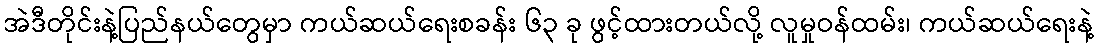
အဲဒီတိုင်းနဲ့ပြည်နယ်တွေမှာ ကယ်ဆယ်ရေးစခန်း ၆၃ ခု ဖွင့်ထားတယ်လို့ လူမှုဝန်ထမ်း၊ ကယ်ဆယ်ရေးနဲ့